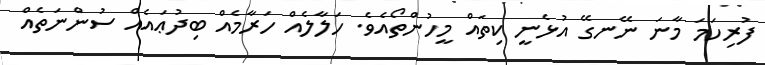
ފުރިހަމަ މާނަ ނޭނގޭ އުޅެނީ ކިތައް މީހުންތޯއެވެ. ހަލާލެއް ހަރާމެއް ބިދުޢައެއް ސުންނަތެއް